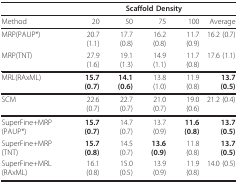
|  | <COLSPAN=5> Scaffold Density |
 | --- | --- | --- | --- | --- | --- |
 | Method | 20 | 50 | 75 | 100 | Average |
 | MRP(PAUP*) | 20.7 (1.1) | 17.7 (0.8) | 16.2 (0.8) | 11.7 (0.9) | 16.2 (0.7) |
 | MRP(TNT) | 27.9 (1.6) | 19.1 (1.3) | 14.9 (1.1) | 11.7 (0.8) | 17.6 (1.1) |
 | MRL(RAxML) | 15.7 (0.7) | 14.1 (0.6) | 13.8 (1.0) | 11.9 (0.8) | 13.7 (0.5) |
 | SCM | 22.6 (0.7) | 22.7 (0.7) | 21.0 (0.7) | 19.0 (0.6) | 21.2 (0.4) |
 | SuperFine+MRP(PAUP*) | 15.7 (0.7) | 14.7 (0.7) | 13.7 (0.9) | 11.6 (0.8) | 13.7 (0.5) |
 | SuperFine+MRP(TNT) | 15.7 (0.8) | 14.5 (0.7) | 13.6 (0.9) | 11.8 (0.8) | 13.7 (0.5) |
 | SuperFine+MRL(RAxML) | 16.1 (0.8) | 15.0 (0.5) | 13.9 (0.9) | 11.9 (0.8) | 14.0 (0.5) |